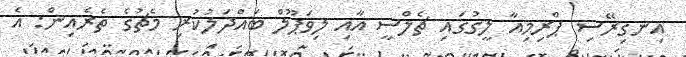
އިނގިރޭސި ޕްރިމިއާ ލީގުގައި ޗެލްސީ އާއި ލިވަޕޫލް ބައްދަލުކުރި މެޗުގެ ތެރެއިން: އެ